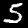
Label: 5